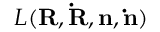
{ \cal L } ( { \bf R , { \dot { R } } , n , { \dot { n } } } )